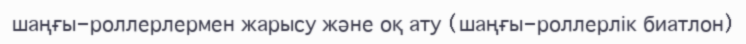
шаңғы-роллерлермен жарысу және оқ ату (шаңғы-роллерлік биатлон)